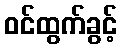
ဝင်ထွက်ခွင့်